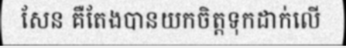
សែន គឺតែងបានយកចិត្តទុកដាក់លើ